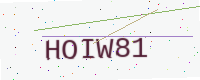
Text: HOIW81